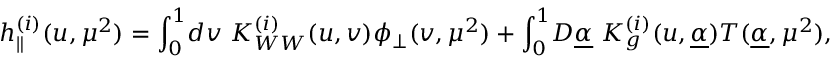
h _ { \parallel } ^ { ( i ) } ( u , \mu ^ { 2 } ) = \int _ { 0 } ^ { 1 } \! d v \ K _ { W W } ^ { ( i ) } ( u , v ) \phi _ { \perp } ( v , \mu ^ { 2 } ) + \int _ { 0 } ^ { 1 } \! { \cal D } \underline { { { \alpha } } } \ K _ { g } ^ { ( i ) } ( u , \underline { { { \alpha } } } ) { \cal T } ( \underline { { { \alpha } } } , \mu ^ { 2 } ) ,